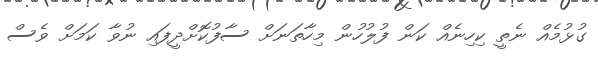
ގުޅުމެއް ނެތީ ކިހިނެއް ކަން ފުލުހުން މިހާތަނަށް ސާފުކޮށްދީފައި ނުވާ ކަމަށް ވެސް